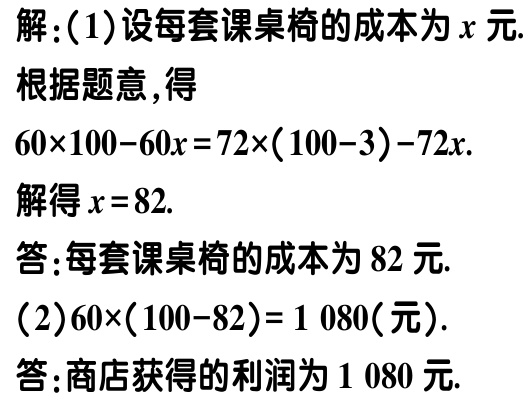
解：(1)设每套课桌椅的成本为\(x\)元.

根据题意，得

\(60\times100 - 60x = 72\times(100 - 3)-72x\).

解得\(x = 82\).

答：每套课桌椅的成本为\(82\)元.

(2)\(60\times(100 - 82)= 1080\)(元).

答：商店获得的利润为\(1080\)元.